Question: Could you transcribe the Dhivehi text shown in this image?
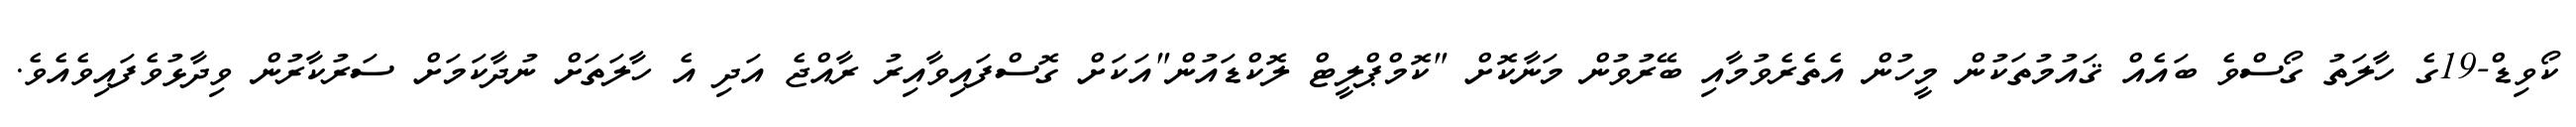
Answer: ކޯވިޑް-19ގެ ހާލަތު ގޯސްވެ ބައެއް ޤައުމުތަކުން މީހުން އެތެރެވުމާއި ބޭރުވުން މަނާކޮށް "ކޮމްޕްލީޓް ލޮކްޑައުން"އަކަށް ގޮސްފައިވާއިރު ރާއްޖެ އަދި އެ ހާލަތަށް ނުދާކަމަށް ސަރުކާރުން ވިދާޅުވެފައިވެއެވެ.